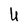
Character: U